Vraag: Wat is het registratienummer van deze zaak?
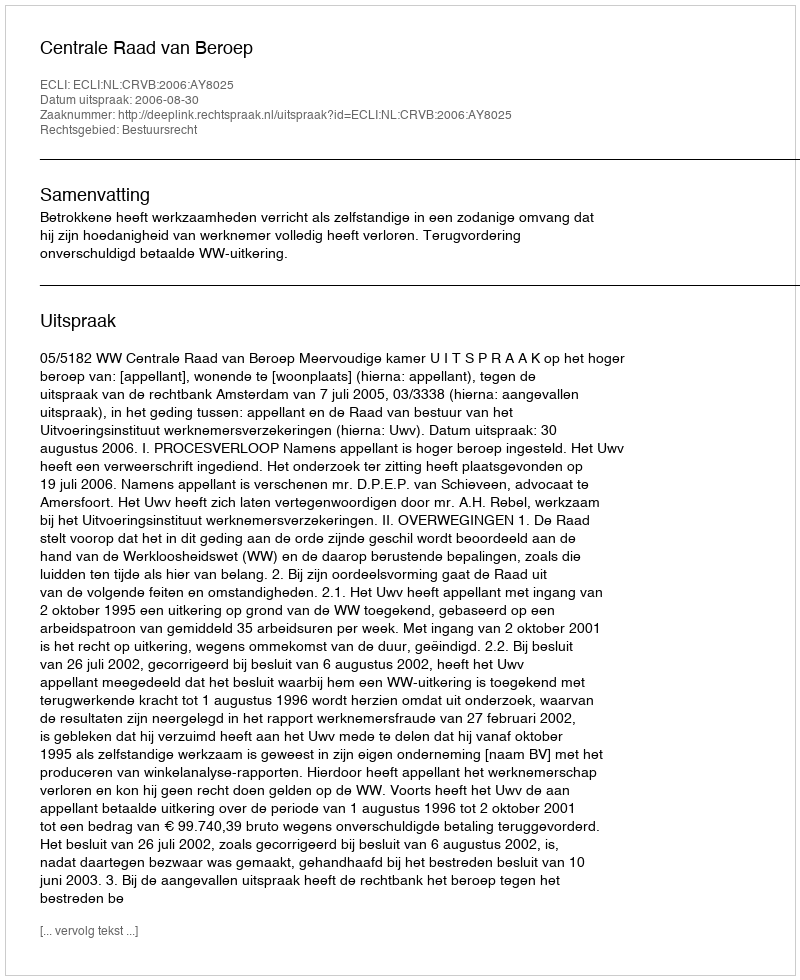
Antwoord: http://deeplink.rechtspraak.nl/uitspraak?id=ECLI:NL:CRVB:2006:AY8025